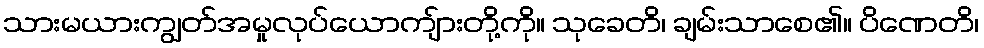
သားမယားကျွတ်အမှုလုပ်ယောကျ်ားတို့ကို။ သုခေတိ၊ ချမ်းသာစေ၏။ ပိဏေတိ၊